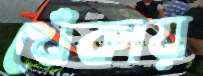
খেঁকায়